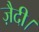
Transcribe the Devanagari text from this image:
ज़ैदी।